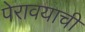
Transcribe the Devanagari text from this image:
पेरावयाची